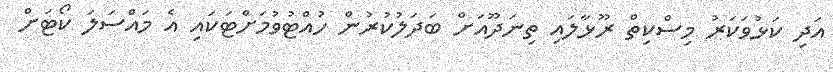
އަދި ކަޅުވަކަރު މިސްކިތް ރޫޅާލައި ތިނަދޫއަށް ބަދަލުކުރުން ހުއްޓުވުމަށްޓަކައި އެ މައްސަލަ ކޯޓަށް